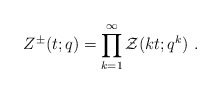
\begin{align*}Z^\pm(t;q) = \prod_{k=1}^\infty {\cal Z}(kt;q^k)~.\end{align*}